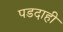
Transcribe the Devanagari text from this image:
पडदाही